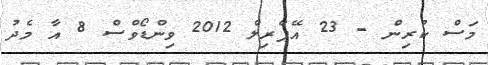
މަސް ކުރިން - 23 އޭޕްރިލް 2012 ވިންޑޯވްސް 8 އާ މެދު